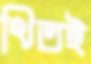
থিতই